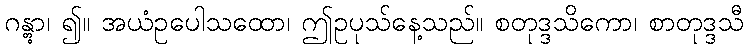
ဂန္တွာ၊ ၍။ အယံဥပေါသထော၊ ဤဥပုသ်နေ့သည်။ စတုဒ္ဒသိကော၊ စာတုဒ္ဒသီ